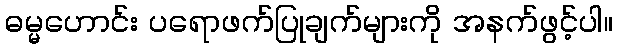
ဓမ္မဟောင်း ပရောဖက်ပြုချက်များကို အနက်ဖွင့်ပါ။